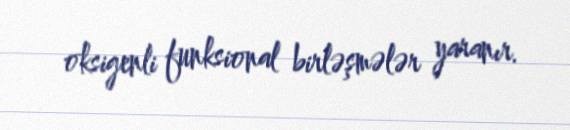
oksigenli funksional birləşmələr yaranır.